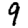
Digit: 9